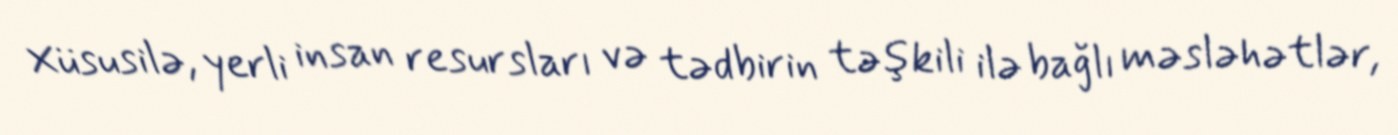
Xüsusilə, yerli insan resursları və tədbirin təşkili ilə bağlı məsləhətlər,